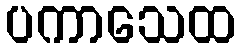
ပကာသေထ